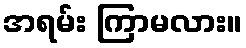
အရမ်း ကြာမလား။